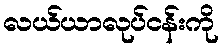
လယ်ယာလုပ်ငန်းကို